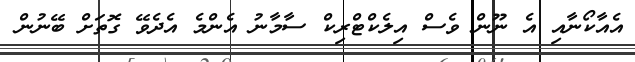
އެއާކޯނާއި އެ ނޫން ވެސް އިލެކްޓްރިކް ސާމާނު އެންމެ އެދެވޭ ގޮތަށް ބޭނުން